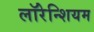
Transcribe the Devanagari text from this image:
लॉरेन्शियम